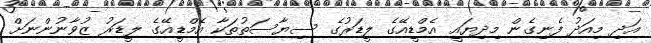
އަދި މިއަދު ފެނިގެން މިދިޔައީ އެމްޑީއޭގެ ލީޑަރުގެ ސިޔާސަތުތަކާ އެމްޑީއޭގެ ލީޑަރު ޒުވާނުންނަށް